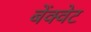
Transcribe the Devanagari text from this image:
बेंक्वेट